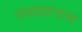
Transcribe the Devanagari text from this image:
पंतप्रधानास